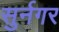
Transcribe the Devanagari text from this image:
सुर्नगर